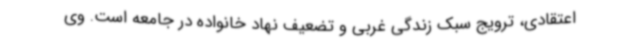
اعتقادی، ترویج سبک زندگی غربی و تضعیف نهاد خانواده در جامعه است. وی